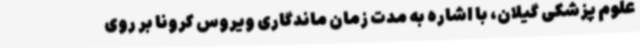
علوم پزشکی گیلان، با اشاره به مدت زمان ماندگاری ویروس کرونا بر روی